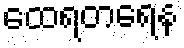
ထေရတရေန